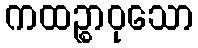
ကထဉ္စာဝုသော